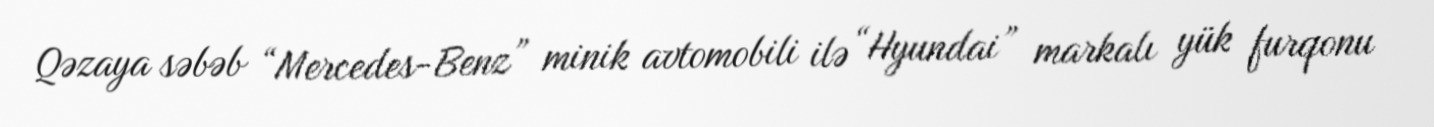
Qəzaya səbəb “Mercedes-Benz” minik avtomobili ilə “Hyundai” markalı yük furqonu